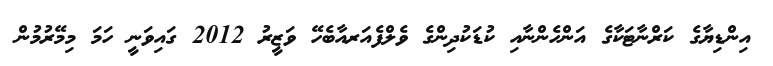
އިންޑިޔާގެ ކަރްނާޓަކާގެ އަންހެންނާއި ކުޑަކުދިންގެ ވެލްފެއަރއާބެހޭ ވަޒީރު 2012 ގައިވަނީ ހަމަ މިމޭރުމުން